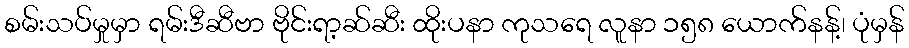
စမ်းသပ်မှုမှာ ရမ်းဒီဆီဗာ ဗိုင်းရာ့ဆ်ဆီး ထိုးပနာ ကုသရေ လူနာ ၁၅၈ ယောက်နန့်၊ ပုံမှန်